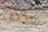
شخص